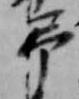
弔